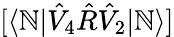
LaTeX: [\langle\mathbb{N}|\hat{{V}}_{4}\hat{{R}}\hat{{V}}_{2}|\mathbb{N}\rangle]